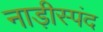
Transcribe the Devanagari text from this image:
नाड़ीस्पंद